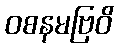
ဝစနမဗြဝိ